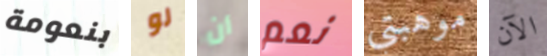
بنعومة لو أن نعم موهبتي الآن